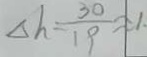
\Delta h = \frac { 3 0 } { 1 9 } \approx 1 \cdot